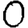
Digit: 0